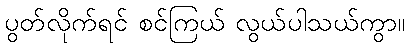
ပွတ်လိုက်ရင် စင်ကြယ် လွယ်ပါသယ်ကွာ။